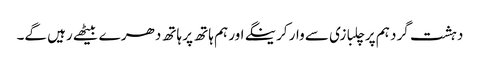
دہشت گرد ہم پر چلبازی سے وار کرینگے اور ہم ہاتھ پر ہاتھ دھر ے بیٹھے رہیں گے۔